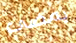
يمضى